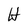
Character: H